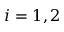
i = 1 , 2